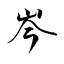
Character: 岑